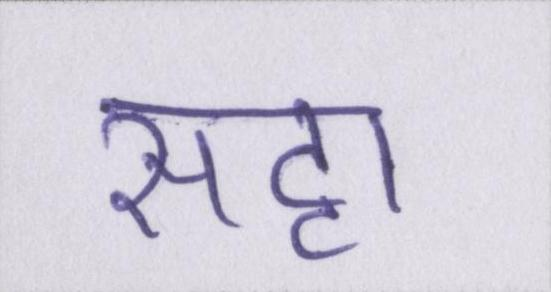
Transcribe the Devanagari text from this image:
सट्टा